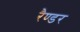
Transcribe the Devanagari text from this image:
रैण्डर